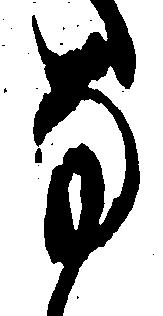
な